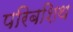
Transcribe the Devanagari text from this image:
परिबशिथ